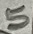
Text: 5